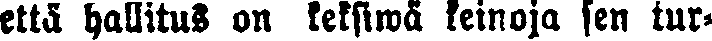
että hallitus on keksiwä keinoja sen tur-